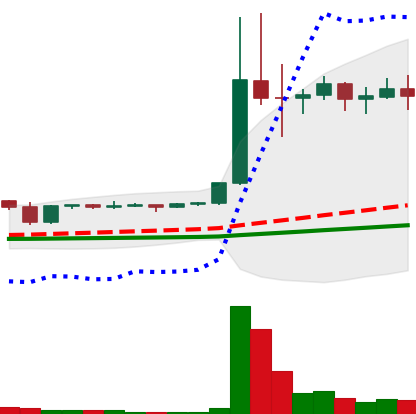
Ticker: DOGE-USD
Chart end date: 2021-01-10
Forward return: -4.98%
Label: down_3_5